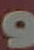
و